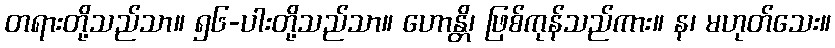
တရားတို့သည်သာ။ ၅၆-ပါးတို့သည်သာ။ ဟောန္တိ၊ ဖြစ်ကုန်သည်ကား။ န၊ မဟုတ်သေး။